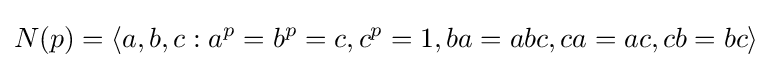
N(p)=\langle a,b,c:a^{p}=b^{p}=c,c^{p}=1,ba=abc,ca=ac,cb=bc\rangle